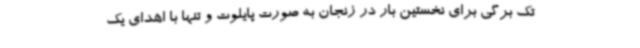
تک برگی برای نخستین بار در زنجان به صورت پایلوت و تنها با اهدای یک